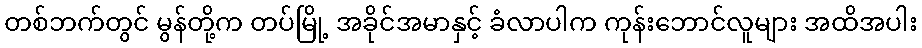
တစ်ဘက်တွင် မွန်တို့က တပ်မြို့ အခိုင်အမာနှင့် ခံလာပါက ကုန်းဘောင်လူများ အထိအပါး